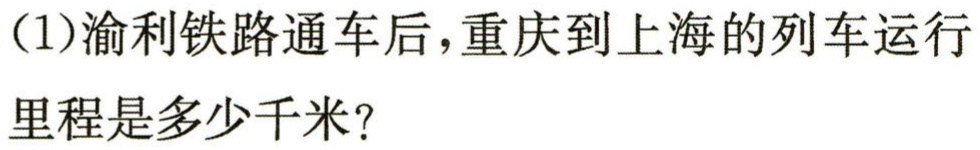
（1）渝利铁路通车后，重庆到上海的列车运行

里程是多少千米？